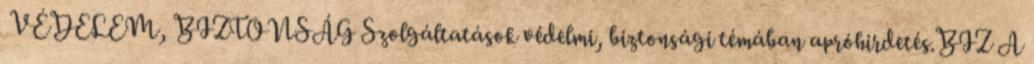
VÉDELEM, BIZTONSÁG Szolgáltatások védelmi, biztonsági témában apróhirdetés.BIZ A